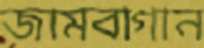
জামবাগান